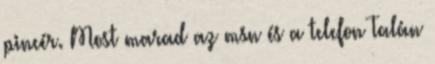
pincér. Most marad az msn és a telefon Talán